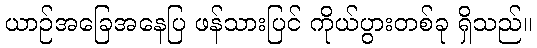
ယာဉ်အခြေအနေပြ ဖန်သားပြင် ကိုယ်ပွားတစ်ခု ရှိသည်။